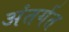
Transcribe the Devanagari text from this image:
अंतर्गत